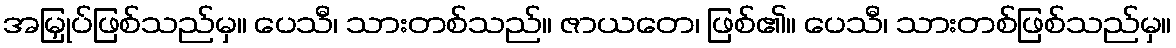
အမြှုပ်ဖြစ်သည်မှ။ ပေသီ၊ သားတစ်သည်။ ဇာယတေ၊ ဖြစ်၏။ ပေသီ၊ သားတစ်ဖြစ်သည်မှ။